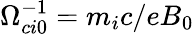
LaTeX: \Omega_{ci0}^{-1}=m_{i}c/eB_{0}